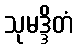
သုမဒ္ဒိတံ